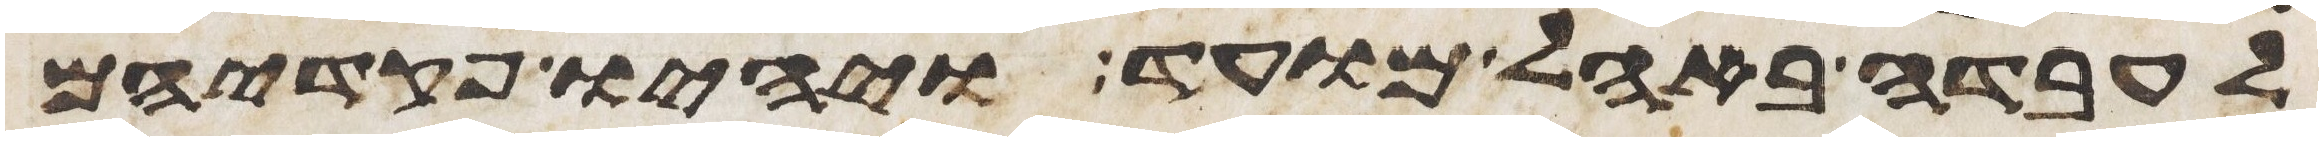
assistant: לעבדה באהל מועד ויהיו פקדיהם